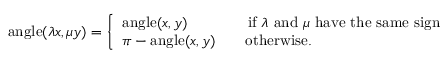
\operatorname { a n g l e } ( \lambda x , \mu y ) = { \left\{ \begin{array} { l l } { \operatorname { a n g l e } ( x , y ) \qquad \qquad { \mathrm { i f ~ } } \lambda { \mathrm { ~ a n d ~ } } \mu { \mathrm { ~ h a v e ~ t h e ~ s a m e ~ s i g n } } } \\ { \pi - \operatorname { a n g l e } ( x , y ) \qquad { \mathrm { o t h e r w i s e } } . } \end{array} \right. }